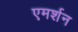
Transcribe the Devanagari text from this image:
एमर्शन